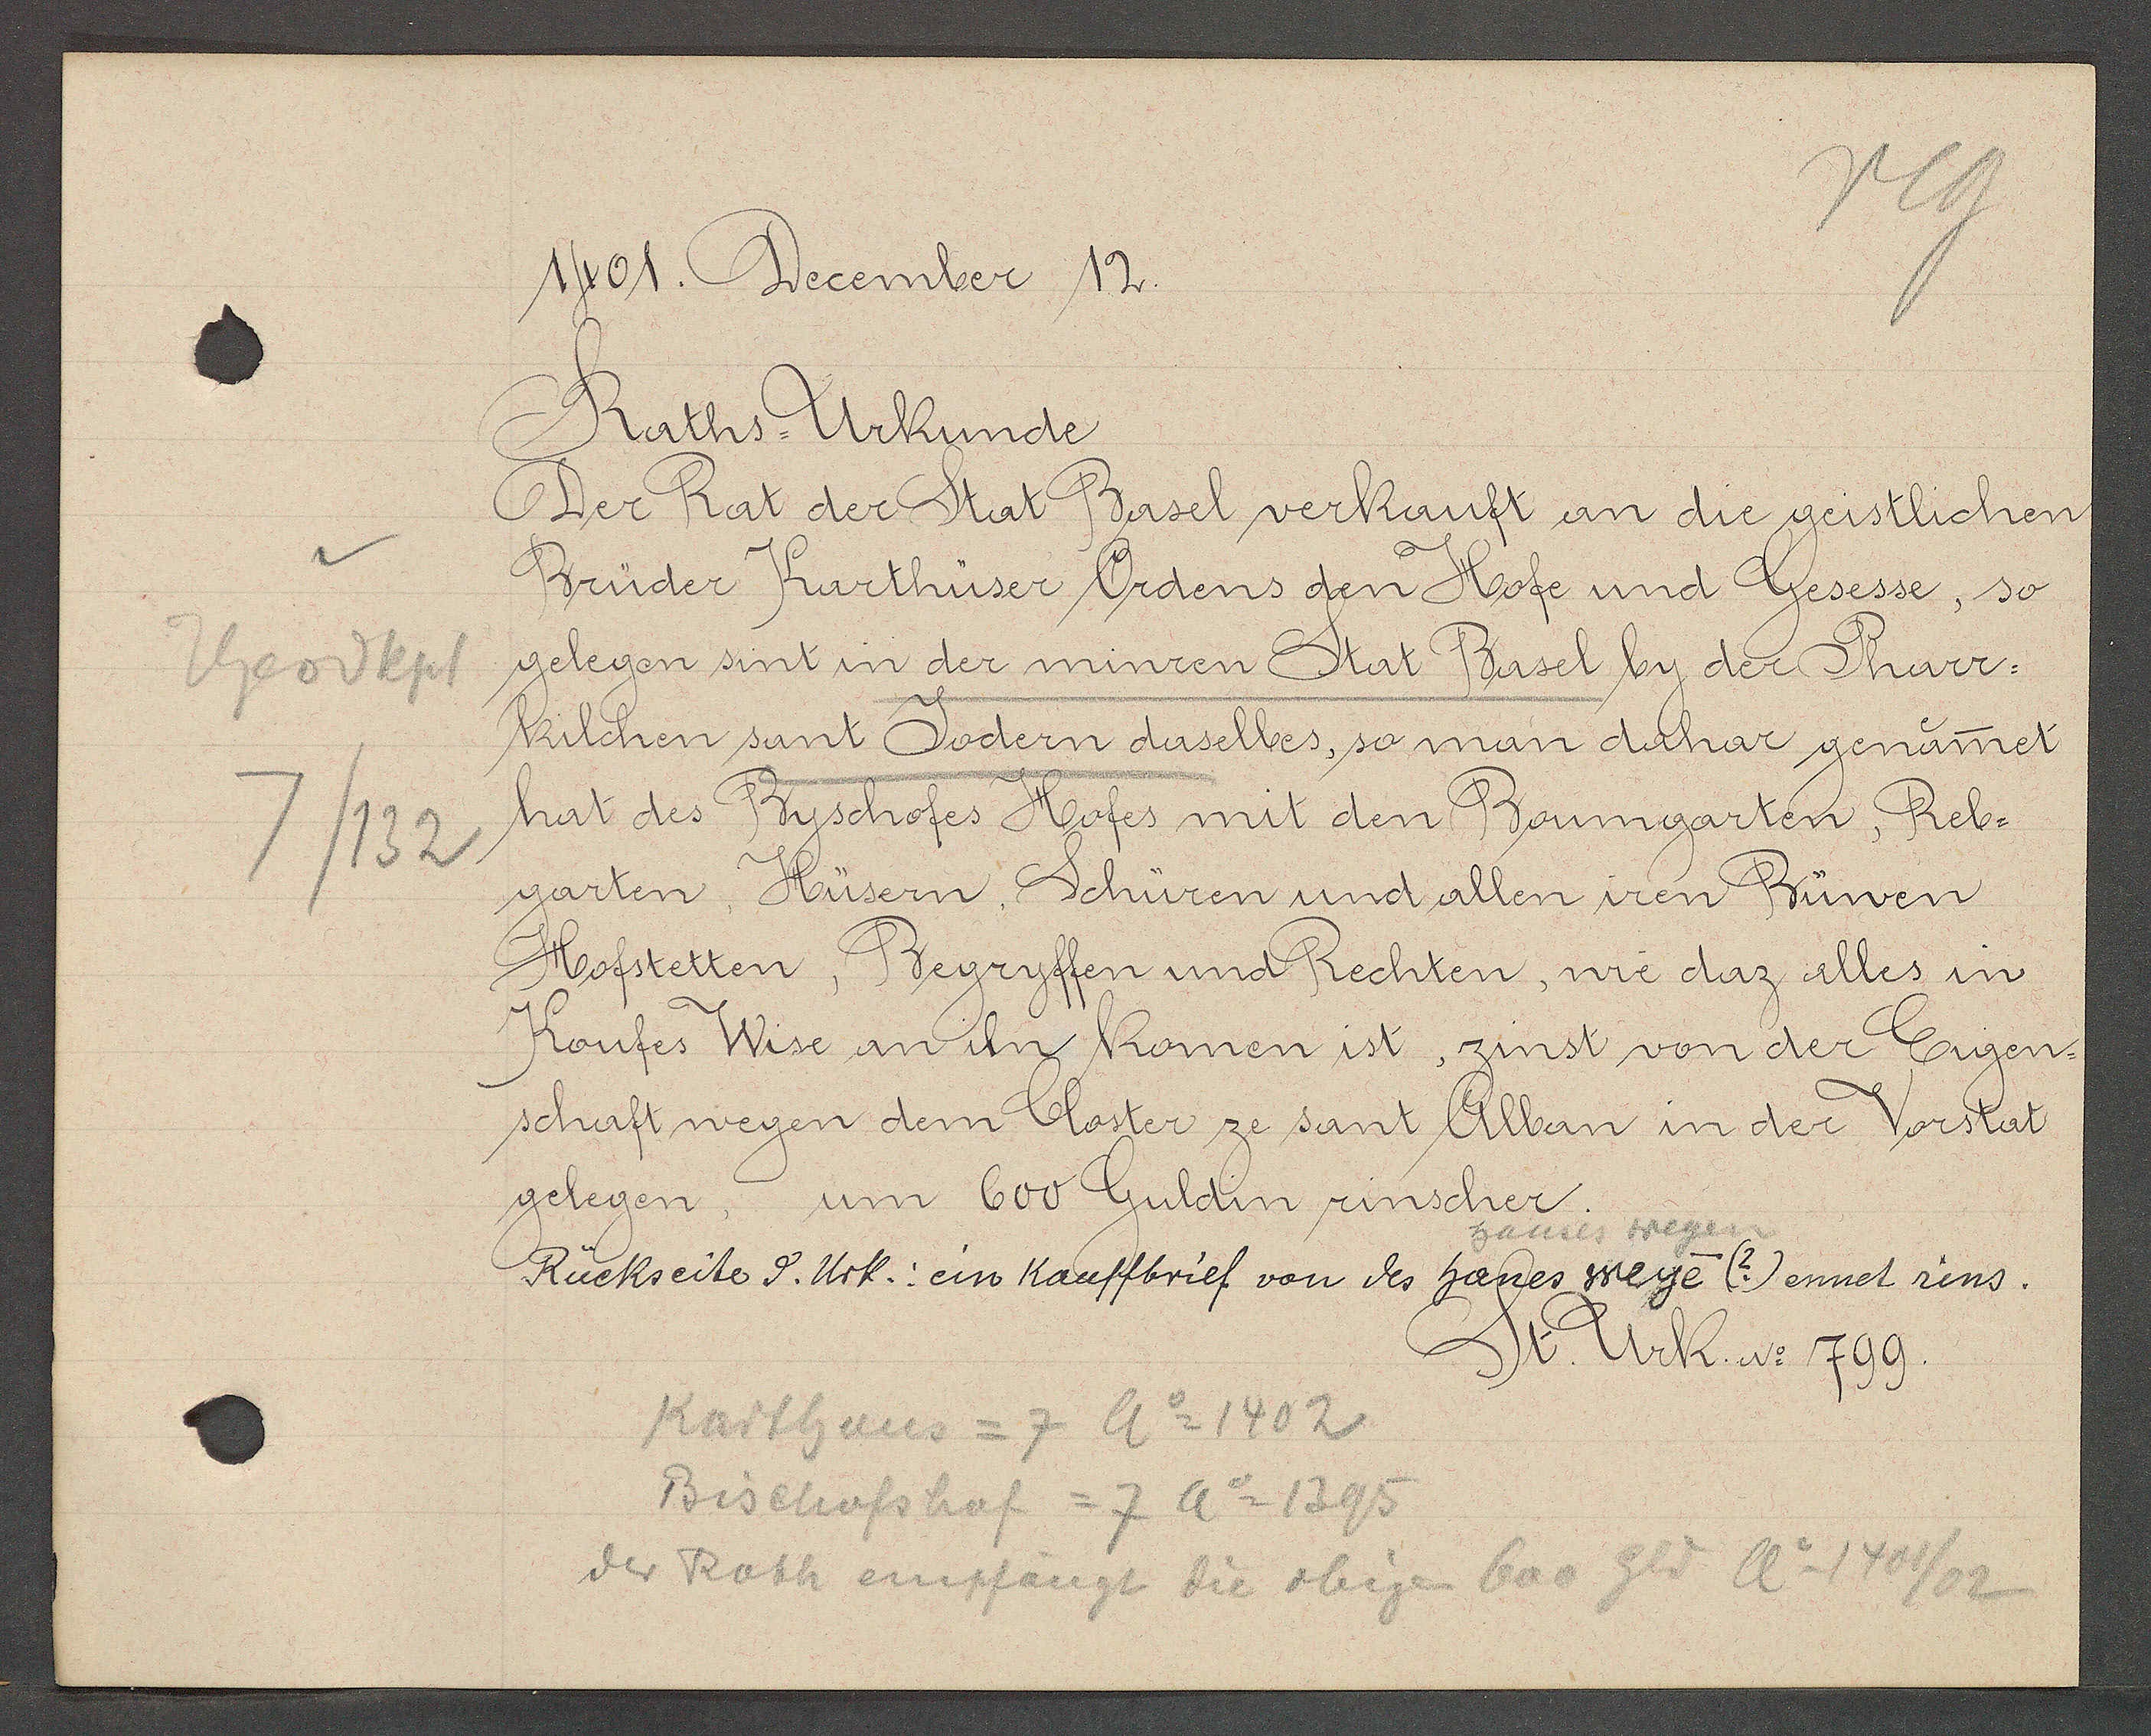
Transcript:
Theodkpl
7/132

1401. December 12.

Raths Urkunde.
Der Rat der Stat Basel verkauft an die geistlichen
Brüder Karthüser Ordens den Ħofe und Gesesse, so
gelegen sint in der minren Stat Basel by der Pharr¬
kilchen sant Jodern daselbes, so man dahare genamet
hat des Byschofes Hofes mit den Boumgarten, Reb¬
garten, Hüsern, Schüren und allen iren Bünen
Hofstetten, Begryffen und Rechten, wie daz alles in
Rückseite d. Urk.: ein Kauffbrief von des hanes weye (?) ennet zins.
hauses wegen
gelegen, um 600 Guldin rinscher.
schaft weyen dem Closter ze sant Alban in der Vorstat
Koufes Wise an ihn komen ist, zinst von der Eugen¬

St. Urk. No 799

Karthaus = 7 Ao 1402
Bischofshof = 7 Ao 1395
der Roth empfängt die obigen 6 ao Gld Ao 1401/02